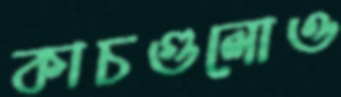
কাচগুলোও